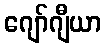
ဂျော်ဂျီယာ